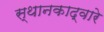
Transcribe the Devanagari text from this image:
स्थानकाद्वारे